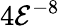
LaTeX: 4\mathcal{E}^{-8}